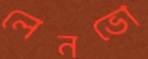
লেনভো